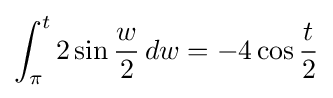
\int _{\pi }^{t}2\sin {\frac {w}{2}}\,dw=-4\cos {\frac {t}{2}}